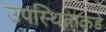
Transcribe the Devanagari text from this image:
उपस्थिताकडे